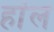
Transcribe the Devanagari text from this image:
हांल